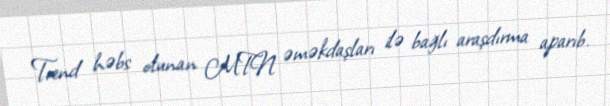
Trend həbs olunan MTN əməkdaşları ilə bağlı araşdırma aparıb.